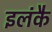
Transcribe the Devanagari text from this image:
इलंकै